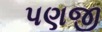
પણજી